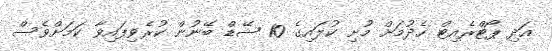
އަދި ޕޯޓްރެއިޓް ހެދުމަށް މުށި ކުލައިގެ 10 ޝޭޑް ބޭނުން ކުރެވިފައިވާ ކަމަށްވެސް